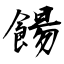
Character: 餳